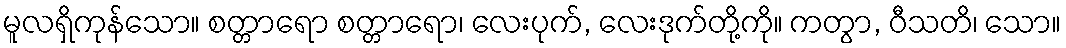
မူလရှိကုန်သော။ စတ္တာရော စတ္တာရော၊ လေးပုက်, လေးဒုက်တို့ကို။ ကတွာ, ဝီသတိ၊ သော။